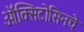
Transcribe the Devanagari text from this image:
ऑक्सिटोसिनचे